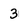
Character: 3